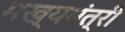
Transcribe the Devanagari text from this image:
मख्यमंत्री